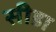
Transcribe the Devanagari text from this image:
सीडा